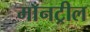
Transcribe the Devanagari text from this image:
माँनट्रील